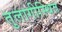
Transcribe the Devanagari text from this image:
तुलागीस्थित